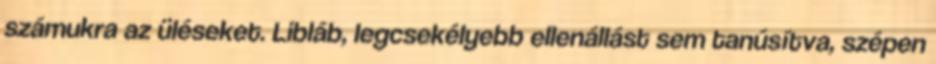
számukra az üléseket. Libláb, legcsekélyebb ellenállást sem tanúsítva, szépen